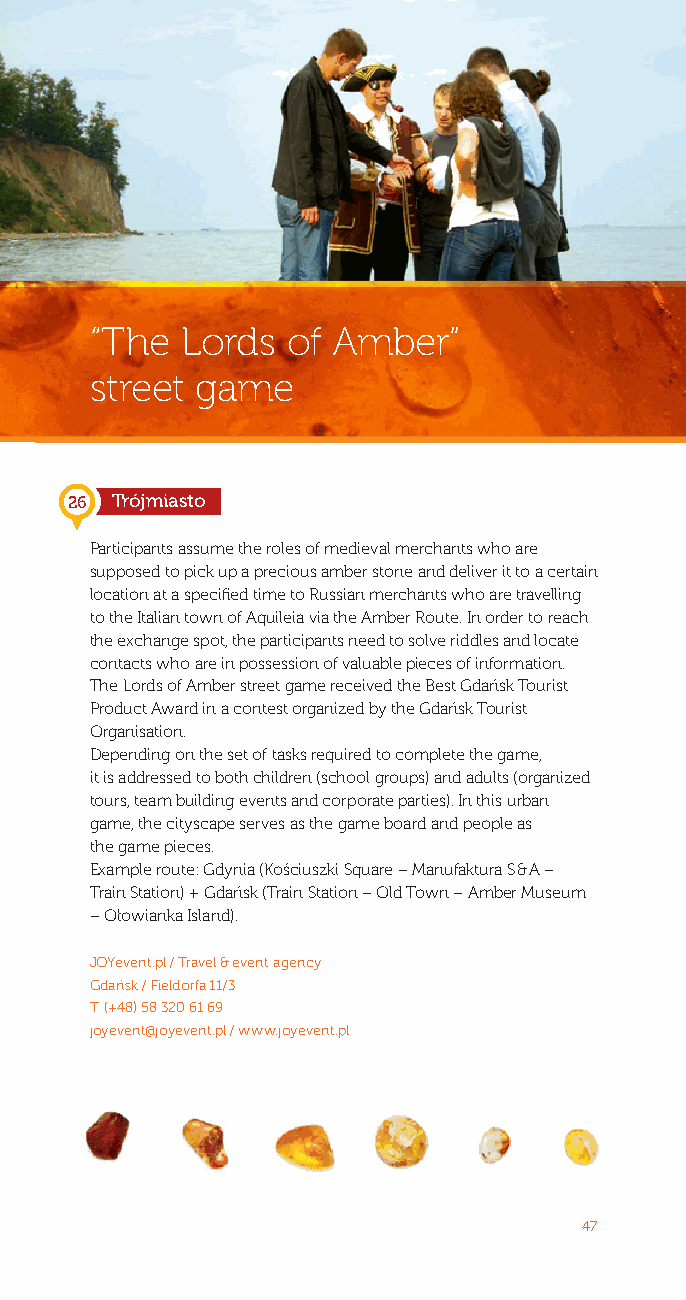
“The  Lords  of Amber”
 street game
 26 Trójmiasto
 Participants assume the roles of medieval merchants who are
 supposed to pick up a precious amber stone and deliver it to a certain
 location at a specified time to Russian merchants who are travelling
 to the Italian town of Aquileia via the Amber Route. In order to reach
 the exchange spot, the participants need to solve riddles and locate
 contacts who are in possession of valuable pieces of information.
 The Lords of Amber street game received the Best Gdańsk Tourist
 Product Award in a contest organized by the Gdańsk Tourist
 Organisation.
 Depending on the set of tasks required to complete the game,
 it is addressed to both children (school groups) and adults (organized
 tours, team building events and corporate parties). In this urban
 game, the cityscape serves as the game board and people as
 the game pieces.
 Example route: Gdynia (Kościuszki Square – Manufaktura S & A –
 Train Station) + Gdańsk (Train Station – Old Town – Amber Museum
 – Ołowianka Island).
 JOYevent.pl / Travel & event agency
 Gdańsk / Fieldorfa 11/3
 T: (+48) 58 320 61 69
 joyevent@joyevent.pl / www.joyevent.pl
 47